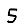
Digit: 5